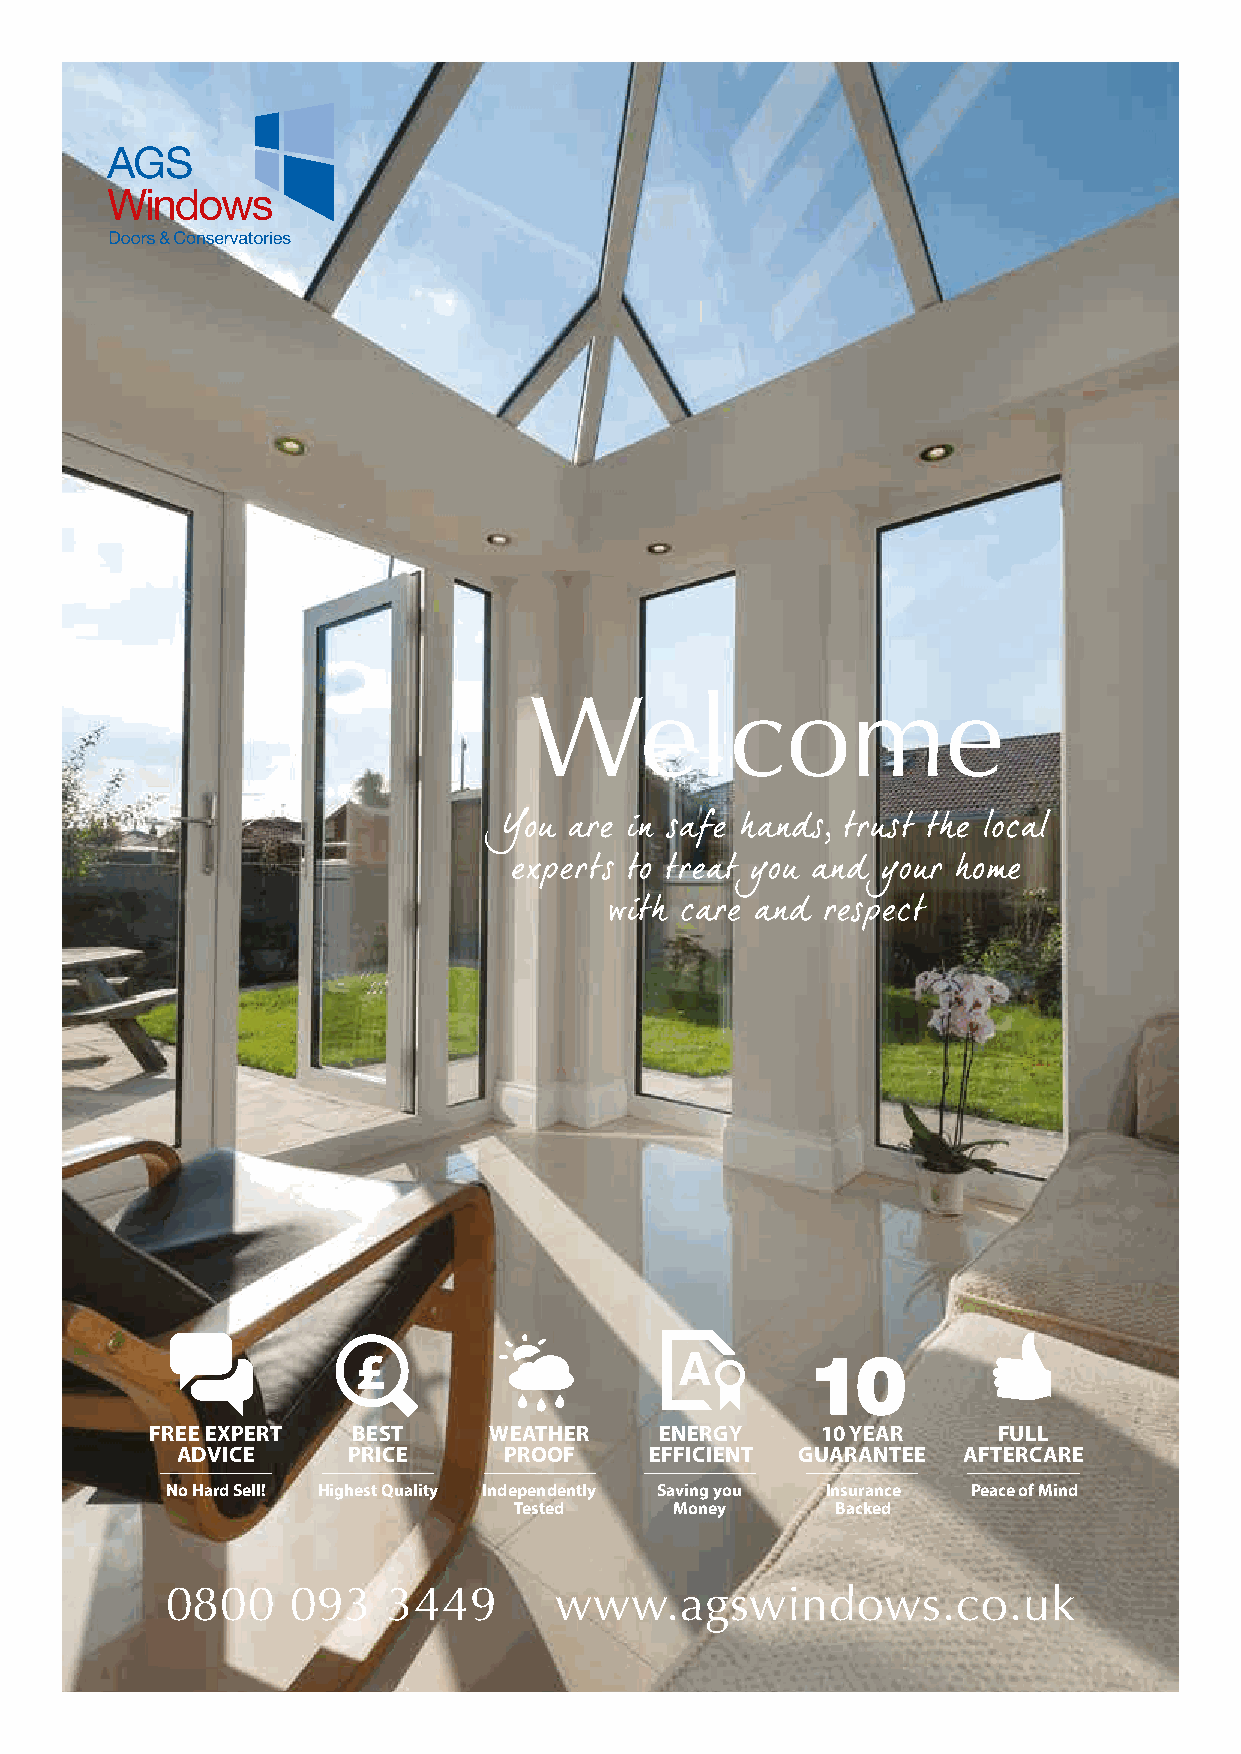
Welcome
 £
 A
 10
 FREE EXPERT  BEST     WEATHER     ENERGY    10 YEAR     FULL
 ADVICE     PRICE     PROOF     EFFICIENT GUARANTEE  AFTERCARE
 No Hard Sell! Highest Quality Independently Saving you Insurance Peace of Mind
 Tested     Money     Backed
 0800    093    3449       www.agswindows.co.uk